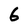
Character: 6